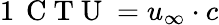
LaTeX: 1\, \mathrm{~C~T~U~}=u_{\infty}\cdot c